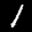
Label: 1